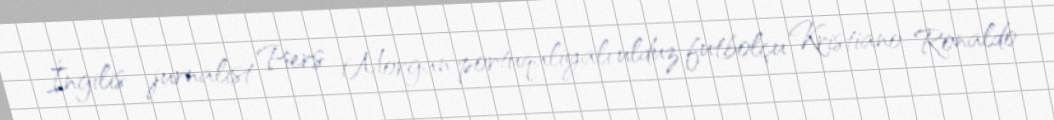
İngilis jurnalist Piers Morgan portuqaliyalı ulduz futbolçu Kristiano Ronaldo